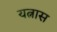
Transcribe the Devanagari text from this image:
यत्नास